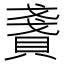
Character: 𧶤